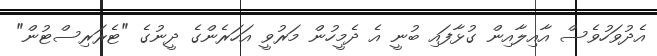
އެދުވަހުވެސް އާއިލާއިން ގުޅާފައި ބުނީ އެ ދެމީހުން މަރުވީ އަހަރެންގެ ދީނުގެ "ޓެރަރިސްޓުން"